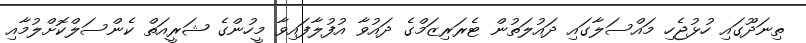
ތިނަދޫގައި ހުޅުޖެހި މައްސަލާގައި ދައުލަތުން ޓެރަރިޒަމްގެ ދައުވާ އުފުލާފައިވާ މީހުންގެ ޝަރީއަތް ކެންސަލްކޮށްލުމާއި